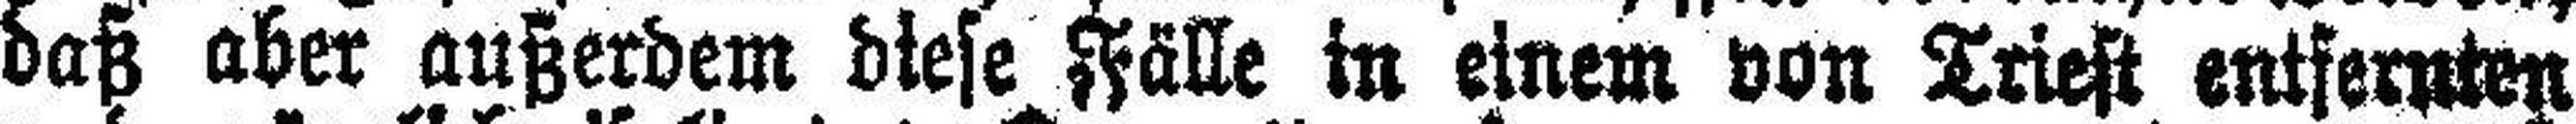
daß aber außerdem diese Fälle in einem von Triest entfernten